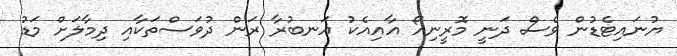
ޔުނައިޓެޑުން ވެސް ދަނީ މޮރީނިއޯ އާއިއެކު އަނބުރާ ރަން ދުވަސްތަކާއި ދިމާލަށް މަޑު